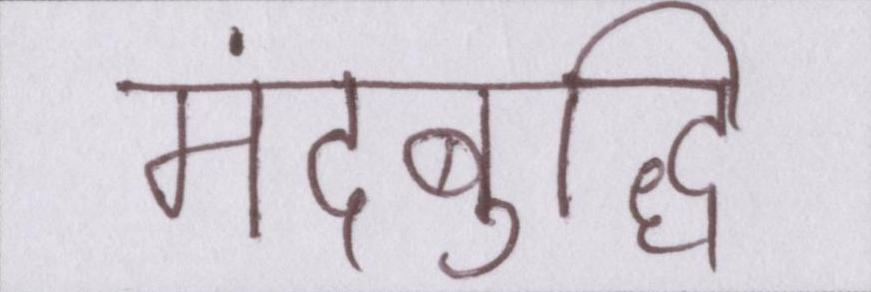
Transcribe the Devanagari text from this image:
मंदबुद्धि